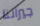
جيراننا